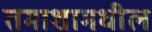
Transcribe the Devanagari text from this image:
तमाशामधील